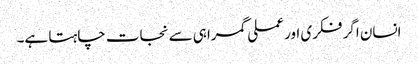
انسان اگر فکری اور عملی گمراہی سے نجات چاہتا ہے۔